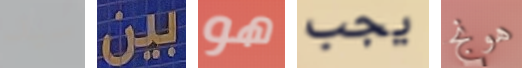
سيد بين هو يجب هونج